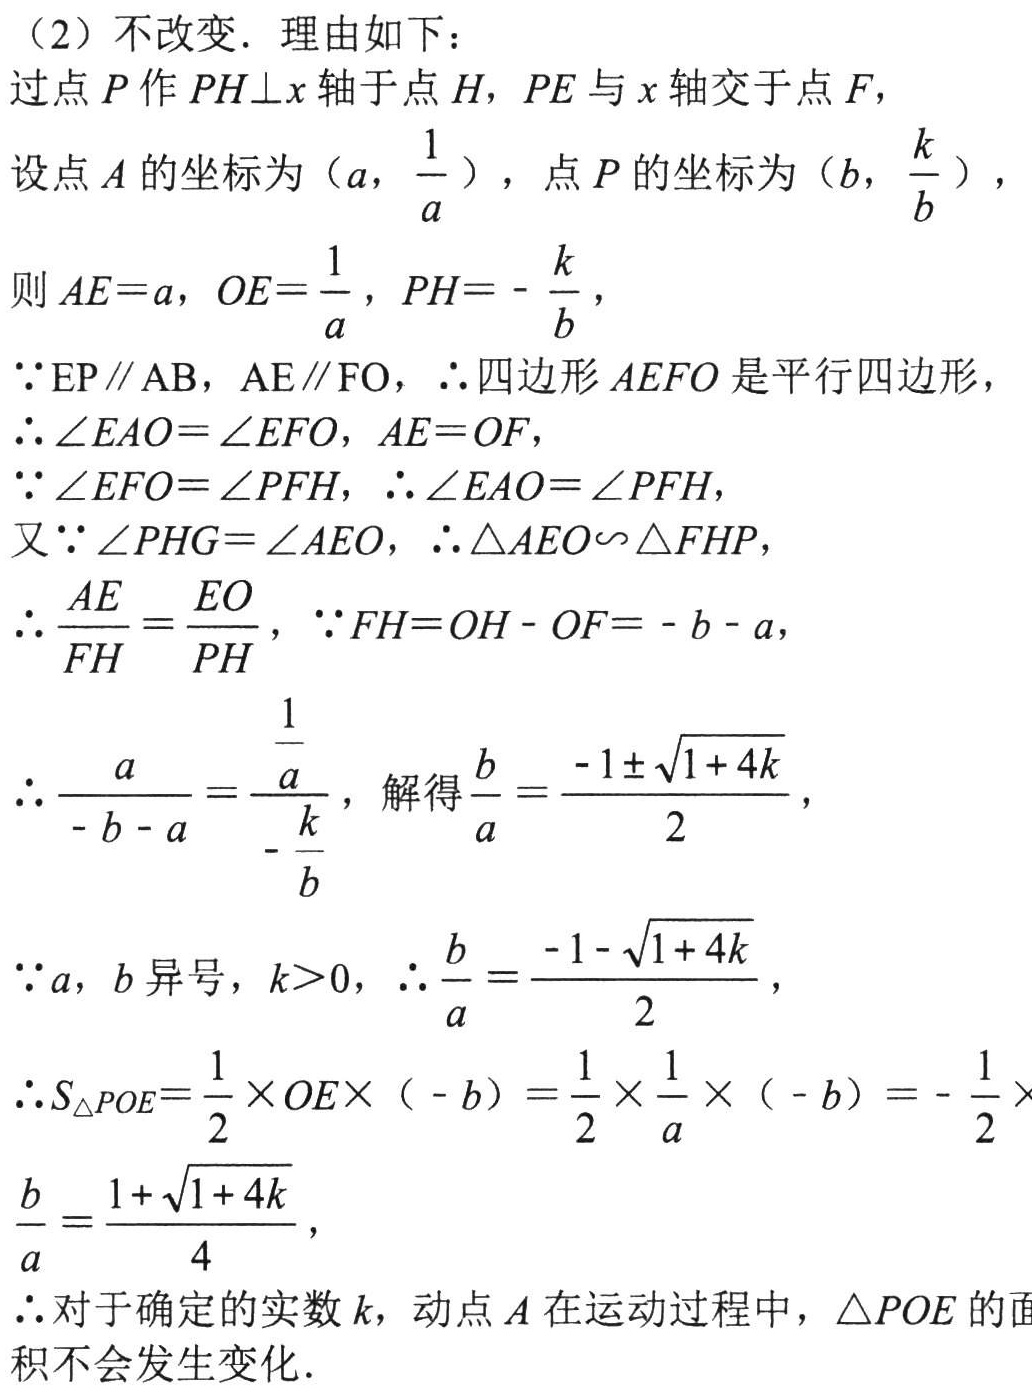
（2）不改变．理由如下：
过点\(P\)作\(PH\perp x\)轴于点\(H\)，\(PE\)与\(x\)轴交于点\(F\)，
设点\(A\)的坐标为\((a,\frac{1}{a})\)，点\(P\)的坐标为\((b,\frac{k}{b})\)，
则\(AE = a\)，\(OE=\frac{1}{a}\)，\(PH = -\frac{k}{b}\)，
\(\because EP\parallel AB\)，\(AE\parallel FO\)，\(\therefore\)四边形\(AEFO\)是平行四边形，
\(\therefore\angle EAO=\angle EFO\)，\(AE = OF\)，
\(\because\angle EFO=\angle PFH\)，\(\therefore\angle EAO=\angle PFH\)，
又\(\because\angle PHG=\angle AEO\)，\(\therefore\triangle AEO\backsim\triangle FHP\)，
\(\therefore\frac{AE}{FH}=\frac{EO}{PH}\)，\(\because FH = OH - OF=-b - a\)，
\(\therefore\frac{a}{-b - a}=\frac{\frac{1}{a}}{-\frac{k}{b}}\)，解得\(\frac{b}{a}=\frac{-1\pm\sqrt{1 + 4k}}{2}\)，
\(\because a\)，\(b\)异号，\(k > 0\)，\(\therefore\frac{b}{a}=\frac{-1-\sqrt{1 + 4k}}{2}\)，
\(\therefore S_{\triangle POE}=\frac{1}{2}\times OE\times(-b)=\frac{1}{2}\times\frac{1}{a}\times(-b)=-\frac{1}{2}\times\frac{b}{a}=\frac{1+\sqrt{1 + 4k}}{4}\)，
\(\therefore\)对于确定的实数\(k\)，动点\(A\)在运动过程中，\(\triangle POE\)的面积不会发生变化．